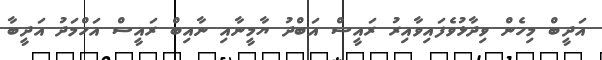
އަދީބް މިހެން ވިދާޅުވެފައިވާއިރު ރައީސް އަބްދު ޔާމީނާއި ނާއިބް ރައީސް އަހްމަދު އަދީބާ